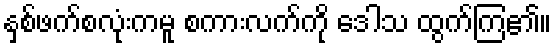
နှစ်ဖက်စလုံးကမူ စကားလက်ကို ဒေါသ ထွက်ကြ၏။